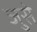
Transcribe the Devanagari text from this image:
जुसे